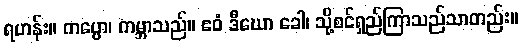
ရဟန်း။ ကပ္ပော၊ ကမ္ဘာသည်။ ဧဝံ ဒီဃော ခေါ၊ သို့စင်ရှည်ကြာသည်သာတည်း။